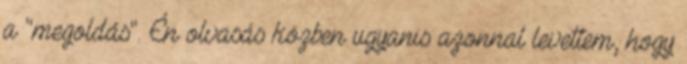
a "megoldás". Én olvasás közben ugyanis azonnal levettem, hogy